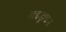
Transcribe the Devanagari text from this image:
हाइड्राइउ